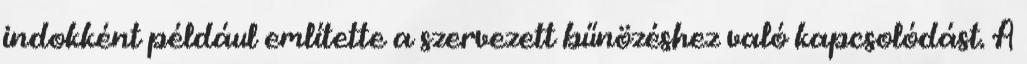
indokként például említette a szervezett bűnözéshez való kapcsolódást. A